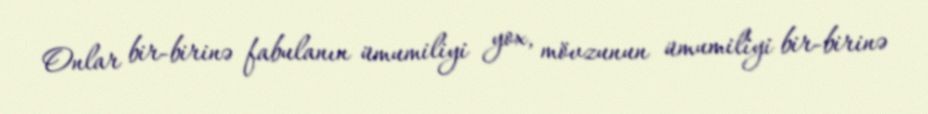
Onlar bir-birinə fabulanın ümumiliyi yox, mövzunun ümumiliyi bir-birinə